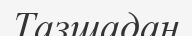
Тазшадан